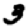
Digit: 3